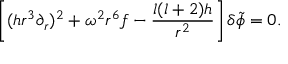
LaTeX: \left[ ( h r ^ { 3 } \partial _ { r } ) ^ { 2 } + \omega ^ { 2 } r ^ { 6 } f - { \frac { l ( l + 2 ) h } { r ^ { 2 } } } \right] \delta \tilde { \phi } = 0 .